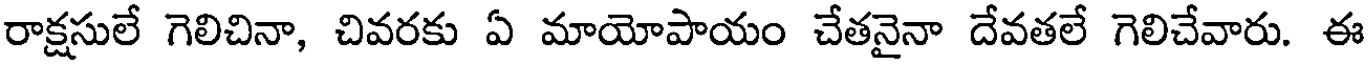
రాక్షసులే గెలిచినా, చివరకు ఏ మాయోపాయం చేతనైనా దేవతలే గెలిచేవారు. ఈ